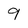
Character: 9